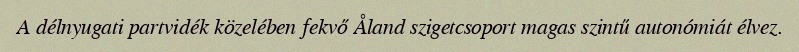
A délnyugati partvidék közelében fekvő Åland szigetcsoport magas szintű autonómiát élvez.